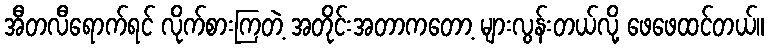
အီတလီရောက်ရင် လိုက်စားကြတဲ့ အတိုင်းအတာကတော့ များလွန်းတယ်လို့ ဖေဖေထင်တယ်။